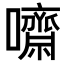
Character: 𡄡